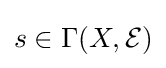
s\in \Gamma (X,{\mathcal {E}})